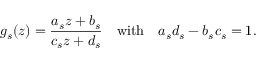
g _ { s } ( z ) = \frac { a _ { s } z + b _ { s } } { c _ { s } z + d _ { s } } \quad \mathrm { { w i t h } } \quad a _ { s } d _ { s } - b _ { s } c _ { s } = 1 .